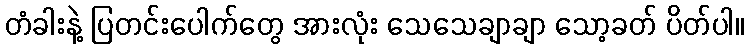
တံခါးနဲ့ ပြတင်းပေါက်တွေ အားလုံး သေသေချာချာ သော့ခတ် ပိတ်ပါ။